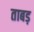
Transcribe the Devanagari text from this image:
ताबड़